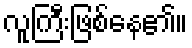
လူကြီးဖြစ်နေ၏။